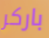
باركر